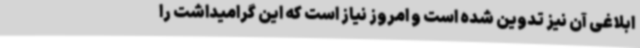
ابلاغی آن نیز تدوین شده است و امروز نیاز است که این گرامیداشت را